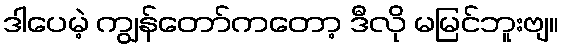
ဒါပေမဲ့ ကျွန်တော်ကတော့ ဒီလို မမြင်ဘူးဗျ။